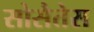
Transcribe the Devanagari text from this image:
सोसैतेस